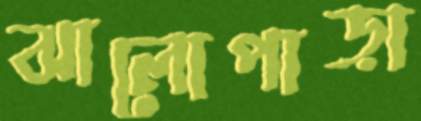
ঝালোপাড়া